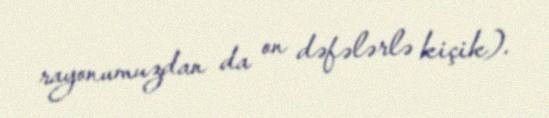
rayonumuzdan da on dəfələrlə kiçik).